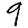
Digit: 9